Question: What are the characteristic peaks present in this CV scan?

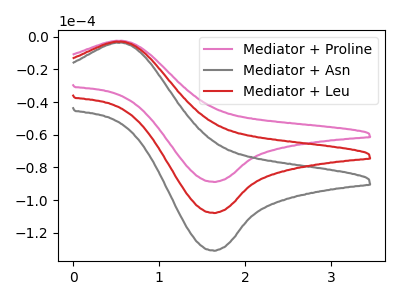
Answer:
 <answer>The pink curve "Mediator + Proline" has an anodic peak at (0.60V, -2.55uA) and a cathodic peak at (1.65V, -88.85uA). The gray curve "Mediator + Asn" has an anodic peak at (0.60V, -6.15uA) and a cathodic peak at (1.65V, -215.75uA). The red curve "Mediator + Leu" has an anodic peak at (0.60V, -3.10uA) and a cathodic peak at (1.65V, -107.90uA).</answer>
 <eval></eval>